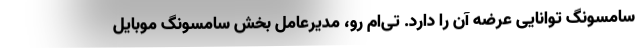
سامسونگ توانایی عرضه آن را دارد. تی‌ام رو، مدیرعامل بخش سامسونگ موبایل